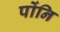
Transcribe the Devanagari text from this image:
पोंनि